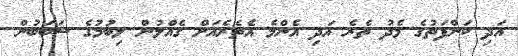
އަދި ކަންފަތުގެ މެދު ތެރެ އަދި އެންމެ އެތެރެއަށް ގެއްލުން ލިބުމުގެ ސަބަބުން